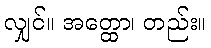
လျှင်။ အတ္ထော၊ တည်း။